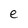
Character: e